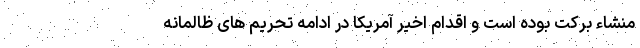
منشاء برکت بوده است و اقدام اخیر آمریکا در ادامه تحریم های ظالمانه